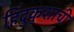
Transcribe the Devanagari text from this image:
हिंदुकुशाची